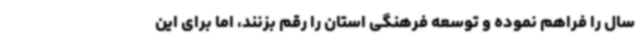
سال را فراهم نموده و توسعه فرهنگی استان را رقم بزنند، اما برای این